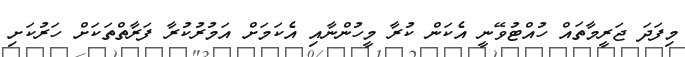
މިފަދަ ޖަރީމާތައް ހުއްޓުވޭނީ އެކަން ކުރާ މީހުންނާއި އެކަމަށް އަމުރުކުރާ ފަރާތްތަކަށް ހަރުކަށި